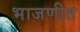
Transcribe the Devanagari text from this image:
भाजणीत